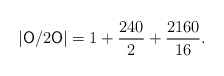
\begin{align*} |\mathsf{O}/2\mathsf{O}| = 1 + \frac{240}{2} + \frac{2160}{16}.\end{align*}